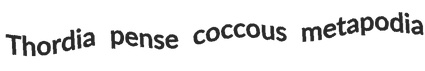
Thordia pense coccous metapodia